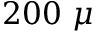
2 0 0 ~ \mu